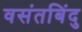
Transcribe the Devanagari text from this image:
वसंतबिंदु